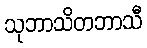
သုဘာသိတဘာသီ